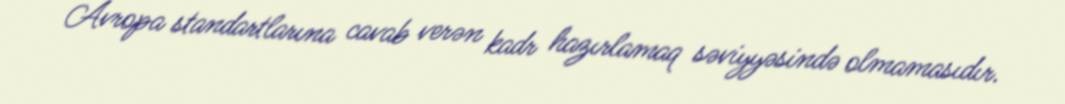
Avropa standartlarına cavab verən kadr hazırlamaq səviyyəsində olmamasıdır.